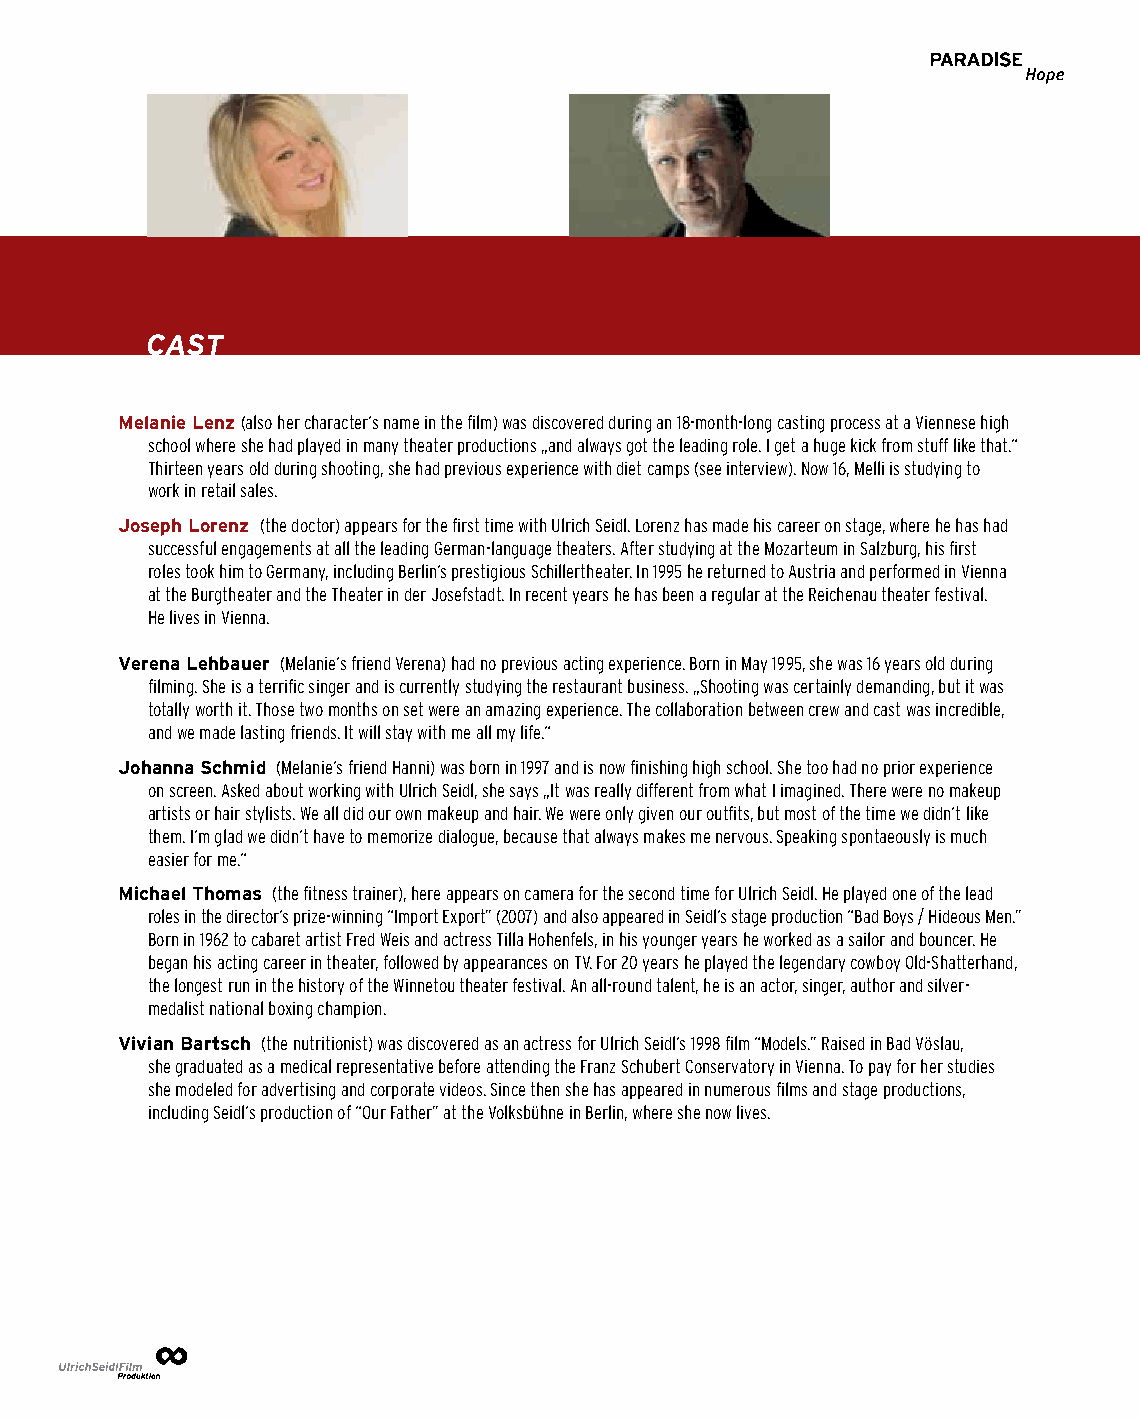
CASt
 Melanie Lenz (also her character‘s name in the film) was discovered during an 18-month-long casting process at a Viennese high
 school where she had played in many theater productions „and always got the leading role. I get a huge kick from stuff like that.“
 Thirteen years old during shooting, she had previous experience with diet camps (see interview). Now 16, Melli is studying to
 work in retail sales.
 Joseph Lorenz (the doctor) appears for the first time with Ulrich Seidl. Lorenz has made his career on stage, where he has had
 successful engagements at all the leading German-language theaters. After studying at the Mozarteum in Salzburg, his first
 roles took him to Germany, including Berlin‘s prestigious Schillertheater. In 1995 he returned to Austria and performed in Vienna
 at the Burgtheater and the Theater in der Josefstadt. In recent years he has been a regular at the Reichenau theater festival.
 He lives in Vienna.
 Verena Lehbauer (Melanie‘s friend Verena) had no previous acting experience. Born in May 1995, she was 16 years old during
 filming. She is a terrific singer and is currently studying the restaurant business. „Shooting was certainly demanding, but it was
 totally worth it. Those two months on set were an amazing experience. The collaboration between crew and cast was incredible,
 and we made lasting friends. It will stay with me all my life.“
 Johanna Schmid (Melanie‘s friend Hanni) was born in 1997 and is now finishing high school. She too had no prior experience
 on screen. Asked about working with Ulrich Seidl, she says „It was really different from what I imagined. There were no makeup
 artists or hair stylists. We all did our own makeup and hair. We were only given our outfits, but most of the time we didn‘t like
 them. I‘m glad we didn‘t have to memorize dialogue, because that always makes me nervous. Speaking spontaeously is much
 easier for me.“
 Michael Thomas (the fitness trainer), here appears on camera for the second time for Ulrich Seidl. He played one of the lead
 roles in the director‘s prize-winning “Import Export” (2007) and also appeared in Seidl‘s stage production “Bad Boys / Hideous Men.”
 Born in 1962 to cabaret artist Fred Weis and actress Tilla Hohenfels, in his younger years he worked as a sailor and bouncer. He
 began his acting career in theater, followed by appearances on TV. For 20 years he played the legendary cowboy Old-Shatterhand,
 the longest run in the history of the Winnetou theater festival. An all-round talent, he is an actor, singer, author and silver-
 medalist national boxing champion.
 Vivian Bartsch (the nutritionist) was discovered as an actress for Ulrich Seidl‘s 1998 film “Models.” Raised in Bad Vöslau,
 she graduated as a medical representative before attending the Franz Schubert Conservatory in Vienna. To pay for her studies
 she modeled for advertising and corporate videos. Since then she has appeared in numerous films and stage productions,
 including Seidl‘s production of “Our Father” at the Volksbühne in Berlin, where she now lives.